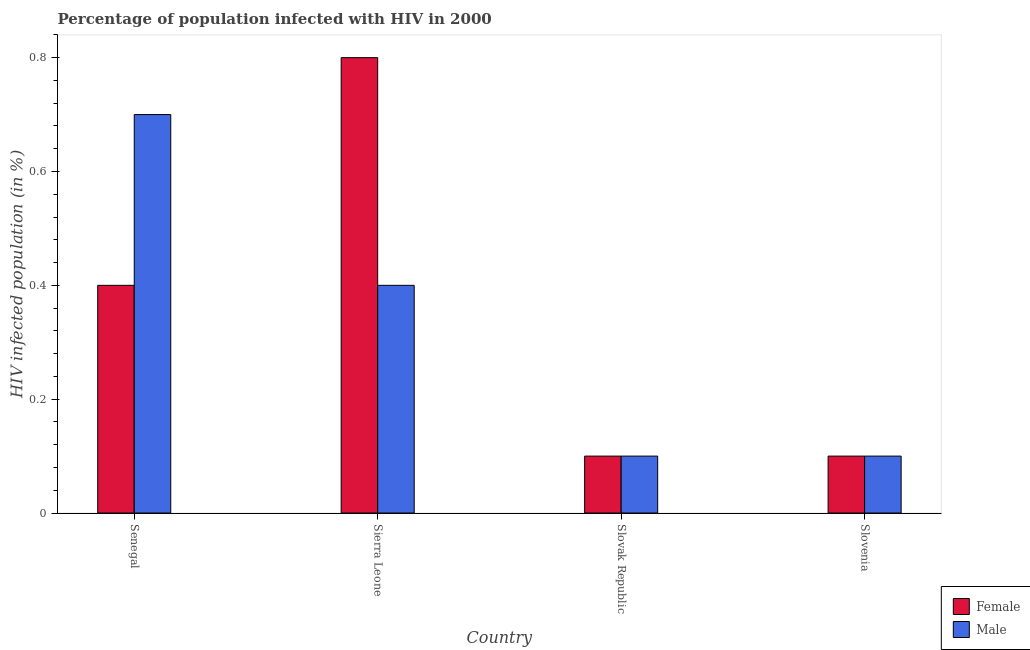
| Country | Female | Male |
 | --- | --- | --- |
 | Senegal | 0.4 | 0.7 |
 | Sierra Leone | 0.8 | 0.4 |
 | Slovak Republic | 0.1 | 0.1 |
 | Slovenia | 0.1 | 0.1 |